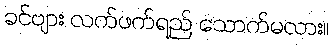
ခင်ဗျား လက်ဖက်ရည် သောက်မလား။